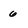
Character: 6